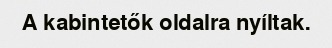
A kabintetők oldalra nyíltak.